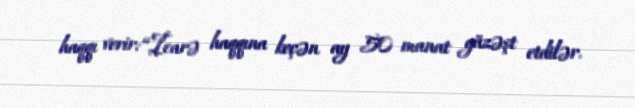
haqqı verir: “İcarə haqqına keçən ay 50 manat güzəşt etdilər.